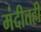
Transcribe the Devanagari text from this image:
मंदीतही